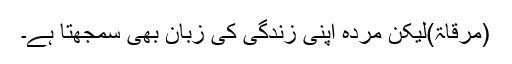
(مرقاۃ)لیکن مردہ اپنی زندگی کی زبان بھی سمجھتا ہے۔